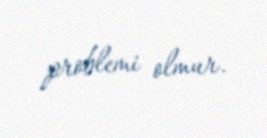
problemi olmur.